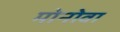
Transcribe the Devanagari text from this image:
मोनोवा